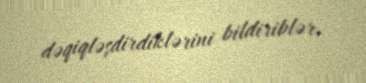
dəqiqləşdirdiklərini bildiriblər.